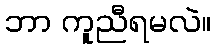
ဘာ ကူညီရမလဲ။